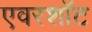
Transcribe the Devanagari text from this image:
एवरशॉट